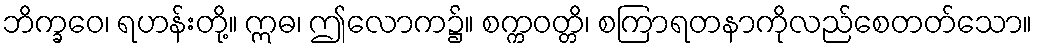
ဘိက္ခဝေ၊ ရဟန်းတို့။ ဣဓ၊ ဤလောက၌။ စက္ကဝတ္တိ၊ စကြာရတနာကိုလည်စေတတ်သော။